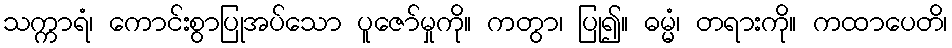
သက္ကာရံ၊ ကောင်းစွာပြုအပ်သော ပူဇော်မှုကို။ ကတွာ၊ ပြု၍။ ဓမ္မံ၊ တရားကို။ ကထာပေတိ၊